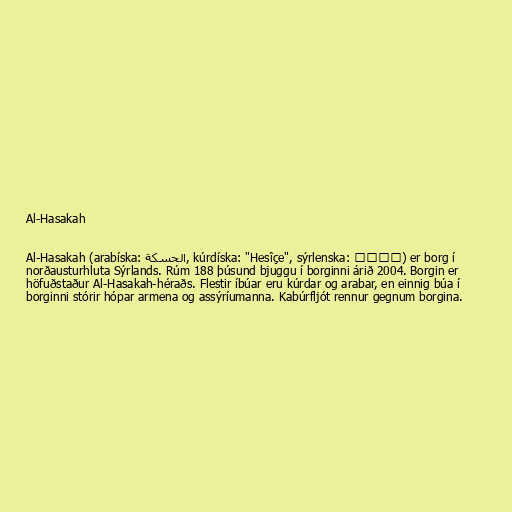
Al-Hasakah

Al-Hasakah (arabíska: الحسكة‎, kúrdíska: "Hesîçe‎", sýrlenska: ܚܣܟܗ) er borg í
norðausturhluta Sýrlands. Rúm 188 þúsund bjuggu í borginni árið 2004. Borgin er
höfuðstaður Al-Hasakah-héraðs. Flestir íbúar eru kúrdar og arabar, en einnig búa í
borginni stórir hópar armena og assýríumanna. Kabúrfljót rennur gegnum borgina.